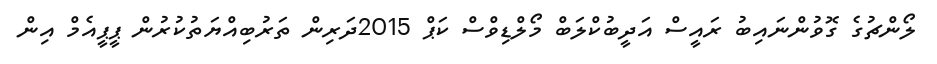
ލޯންޗުގެ ގޮވުންނައިބު ރައީސް އަދީބުކްލަބް މޯލްޑިވްސް ކަޕް 2015ދަރިން ތަރުބިއްޔަތުކުރުން ޕީޕީއެމް އިން